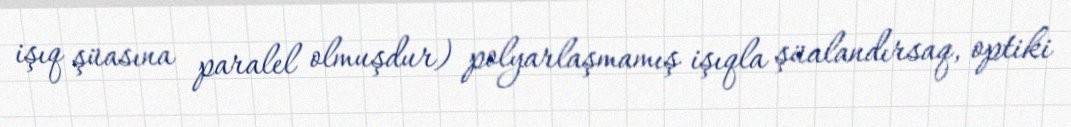
işıq şüasına paralel olmuşdur) polyarlaşmamış işıqla şüalandırsaq, optiki